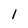
Character: 1